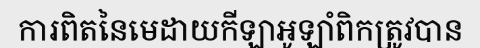
ការពិតនៃមេដាយកីឡាអូឡាំពិកត្រូវបាន